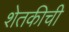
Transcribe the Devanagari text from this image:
शेतकीची